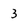
Character: 3